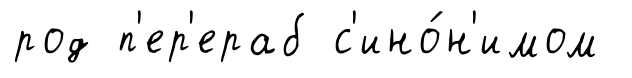
род п'ер'ераб с'ино́н'имом